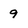
Character: 9